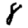
Digit: 8